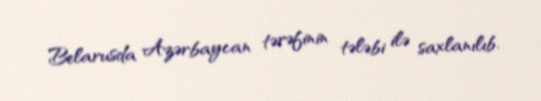
Belarusda Azərbaycan tərəfinin tələbi ilə saxlanılıb.